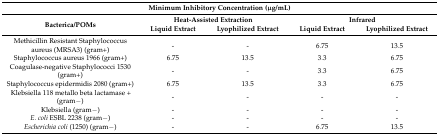
<table><thead><tr><td colspan="5"><b>Minimum Inhibitory Concentration (μg/mL)</b></td></tr><tr><td rowspan="2"><b>Bacterica/POMs</b></td><td colspan="2"><b>Heat-Assisted Extraction</b></td><td colspan="2"><b>Infrared</b></td></tr><tr><td><b>Liquid Extract</b></td><td><b>Lyophilized Extract</b></td><td><b>Liquid Extract</b></td><td><b>Lyophilized Extract</b></td></tr></thead><tbody><tr><td>Methicillin Resistant Staphylococcus aureus (MRSA3) (gram+)</td><td>-</td><td>-</td><td>6.75</td><td>13.5</td></tr><tr><td>Staphylococcus aureus 1966 (gram+)</td><td>6.75</td><td>13.5</td><td>3.3</td><td>6.75</td></tr><tr><td>Coagulase-negative Staphylococci 1530 (gram+)</td><td>-</td><td>-</td><td>3.3</td><td>6.75</td></tr><tr><td>Staphylococcus epidermidis 2080 (gram+)</td><td>6.75</td><td>13.5</td><td>3.3</td><td>6.75</td></tr><tr><td>Klebsiella 118 metallo beta lactamase + (gram−)</td><td>-</td><td>-</td><td>-</td><td>-</td></tr><tr><td>Klebsiella (gram−)</td><td>-</td><td>-</td><td>-</td><td>-</td></tr><tr><td><i>E. coli</i> ESBL 2238 (gram−)</td><td>-</td><td>-</td><td>-</td><td>-</td></tr><tr><td><i>Escherichia coli</i> (1250) (gram−)</td><td>-</td><td>-</td><td>6.75</td><td>13.5</td></tr></tbody></table>